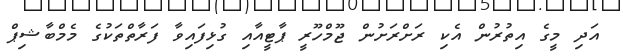
އަދި މީގެ އިތުރުން އެކި ރަށްރަށުން ޖޫމްހޫރީ ޕާޓީއާއި ގުޅިފައިވާ ފަރާތްތަކުގެ މެމްބާޝިޕް